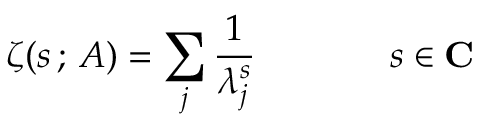
\zeta ( s \, ; \, A ) = \sum _ { j } \frac { 1 } { \lambda _ { j } ^ { s } } { \qquad } \; \; \; \; \; \; s \in { \bf C }